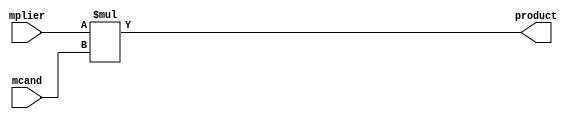
module mult_comb_32x32
  (input  [31:0] mplier,
   input  [31:0] mcand,
   output [63:0] product);
  wire [63:0] n1_o;
  wire [63:0] n2_o;
  wire [63:0] n3_o;
  assign product = n3_o;
  /* src/mult_comb_nxn.vhd:17:50  */
  assign n1_o = {32'b0, mplier};  //  uext
  /* src/mult_comb_nxn.vhd:17:50  */
  assign n2_o = {32'b0, mcand};  //  uext
  /* src/mult_comb_nxn.vhd:17:50  */
  assign n3_o = n1_o * n2_o; // umul
endmodule